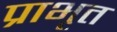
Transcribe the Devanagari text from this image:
प्राभृत